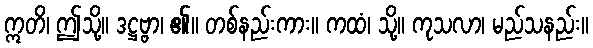
ဣတိ၊ ဤသို့။ ဒဋ္ဌဗ္ဗာ၊ ၏။ တစ်နည်းကား။ ကထံ၊ သို့။ ကုသလာ၊ မည်သနည်း။